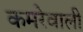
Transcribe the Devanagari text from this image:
कमरेवाली